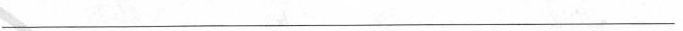
___